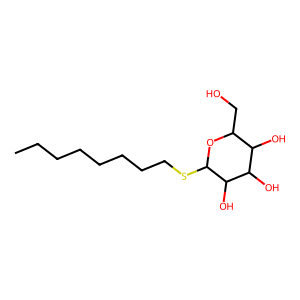
SMILES: CCCCCCCCSC1OC(CO)C(O)C(O)C1O
Inhibits HIV replication: No